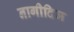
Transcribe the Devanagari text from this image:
नागीदिज